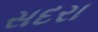
સદરા